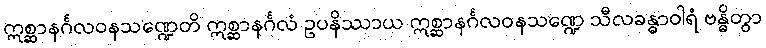
ဣစ္ဆာနင်္ဂလဝနသဏ္ဍေတိ ဣစ္ဆာနင်္ဂလံ ဥပနိဿာယ ဣစ္ဆာနင်္ဂလဝနသဏ္ဍေ သီလခန္ဓာဝါရံ ဗန္ဓိတွာ